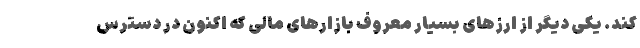
کند. یکی دیگر از ارزهای بسیار معروف بازارهای مالی که اکنون در دسترس